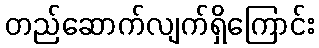
တည်ဆောက်လျက်ရှိကြောင်း